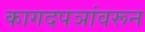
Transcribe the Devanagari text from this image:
कागदपञांवरून